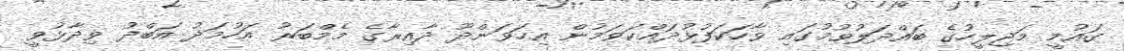
ގައުމީ މަޖިލީހުގެ ބައްދަލުވުމުގައި ވާހަކަފުޅުދައްކަވަމުން އިހަވަންދޫ ދާއިރާގެ މެމްބަރު އަހުމަދު އަބްދު ވިދާޅުވީ